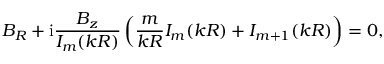
B _ { R } + \mathrm { i } \frac { B _ { z } } { I _ { m } ( k R ) } \left( \frac { m } { k R } I _ { m } ( k R ) + I _ { m + 1 } ( k R ) \right) = 0 ,